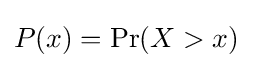
P(x)=\Pr(X>x)